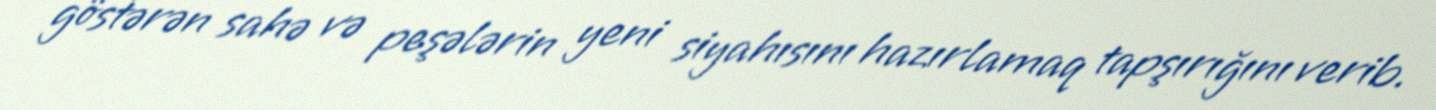
göstərən sahə və peşələrin yeni siyahısını hazırlamaq tapşırığını verib.